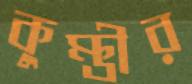
কুম্ভীর